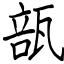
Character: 瓿